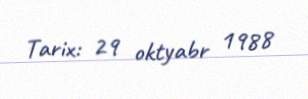
Tarix: 29 oktyabr 1988